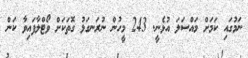
ނަމުގައި ކަމަށް މައްސަލަ އުޅެނީ. 243 މީހުން ނުރަނގަޅު ގޮތަކަށް ވޯޓްލާފައިވާ ކަން